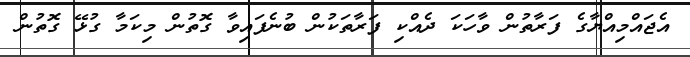
އެޖައްމިއްޔާގެ ފަރާތުން ވާހަކަ ދެއްކި ފަރާތަކުން ބުނެފައިވާ ގޮތުން މިކަމާ ގުޅޭ ގޮތުން